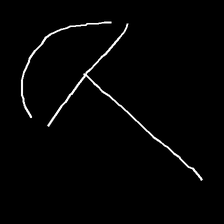
Glyph: dispersion